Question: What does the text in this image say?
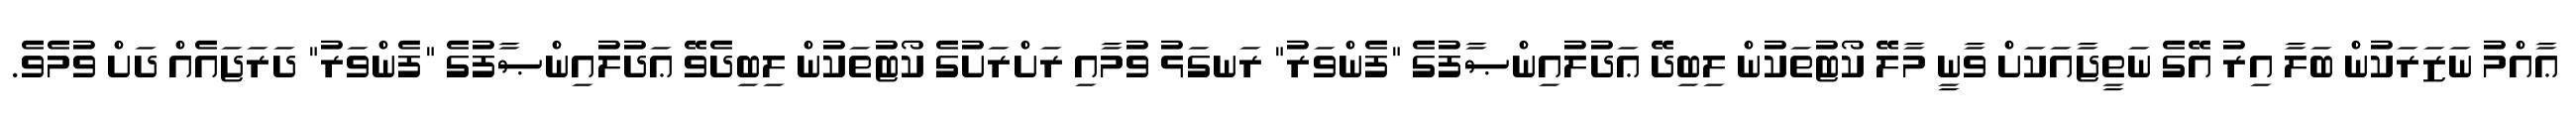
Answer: ޢާއްމު ނަޒަރަކުން ބަލާ އިރު އޭގެ ނަތީޖާއަކަށް ވާނީ މާލޭ ކޯޓުތަކުން ލިބިދޭ ޢަދުލުއިންޞާފުގެ "ފެންވަރު" ރަނގަޅު ވުމާއި ރަށްރަށުގެ ކޯޓުތަކުން ލިބިދެވޭ ޢަދުލުއިންޞާފުގެ "ފެންވަރު" ދަރަޖައެއް ދަށް ވުމެވެ.